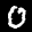
Label: 0